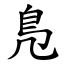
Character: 鳬